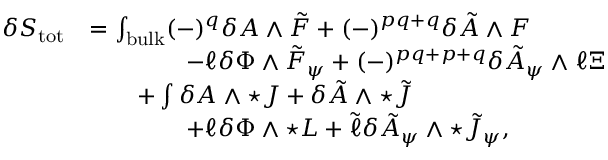
\begin{array} { r l } { \delta S _ { \mathrm { t o t } } } & { = \int _ { \mathrm { b u l k } } ( - ) ^ { q } \delta A \wedge \tilde { F } + ( - ) ^ { p q + q } \delta \tilde { A } \wedge F } \\ & { \qquad \qquad - \ell \delta \Phi \wedge \tilde { F } _ { \psi } + ( - ) ^ { p q + p + q } \delta \tilde { A } _ { \psi } \wedge \ell \Xi } \\ & { \qquad + \int \delta A \wedge \star J + \delta \tilde { A } \wedge \star \tilde { J } } \\ & { \qquad \qquad + \ell \delta \Phi \wedge \star L + \tilde { \ell } \delta \tilde { A } _ { \psi } \wedge \star \tilde { J } _ { \psi } , } \end{array}